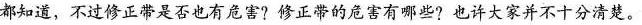
都知道，不过修正带是否也有危害?修正带的危害有哪些?也许大家并不十分清楚。